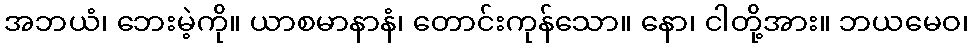
အဘယံ၊ ဘေးမဲ့ကို။ ယာစမာနာနံ၊ တောင်းကုန်သော။ နော၊ ငါတို့အား။ ဘယမေဝ၊